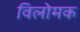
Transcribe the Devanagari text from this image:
विलोमक